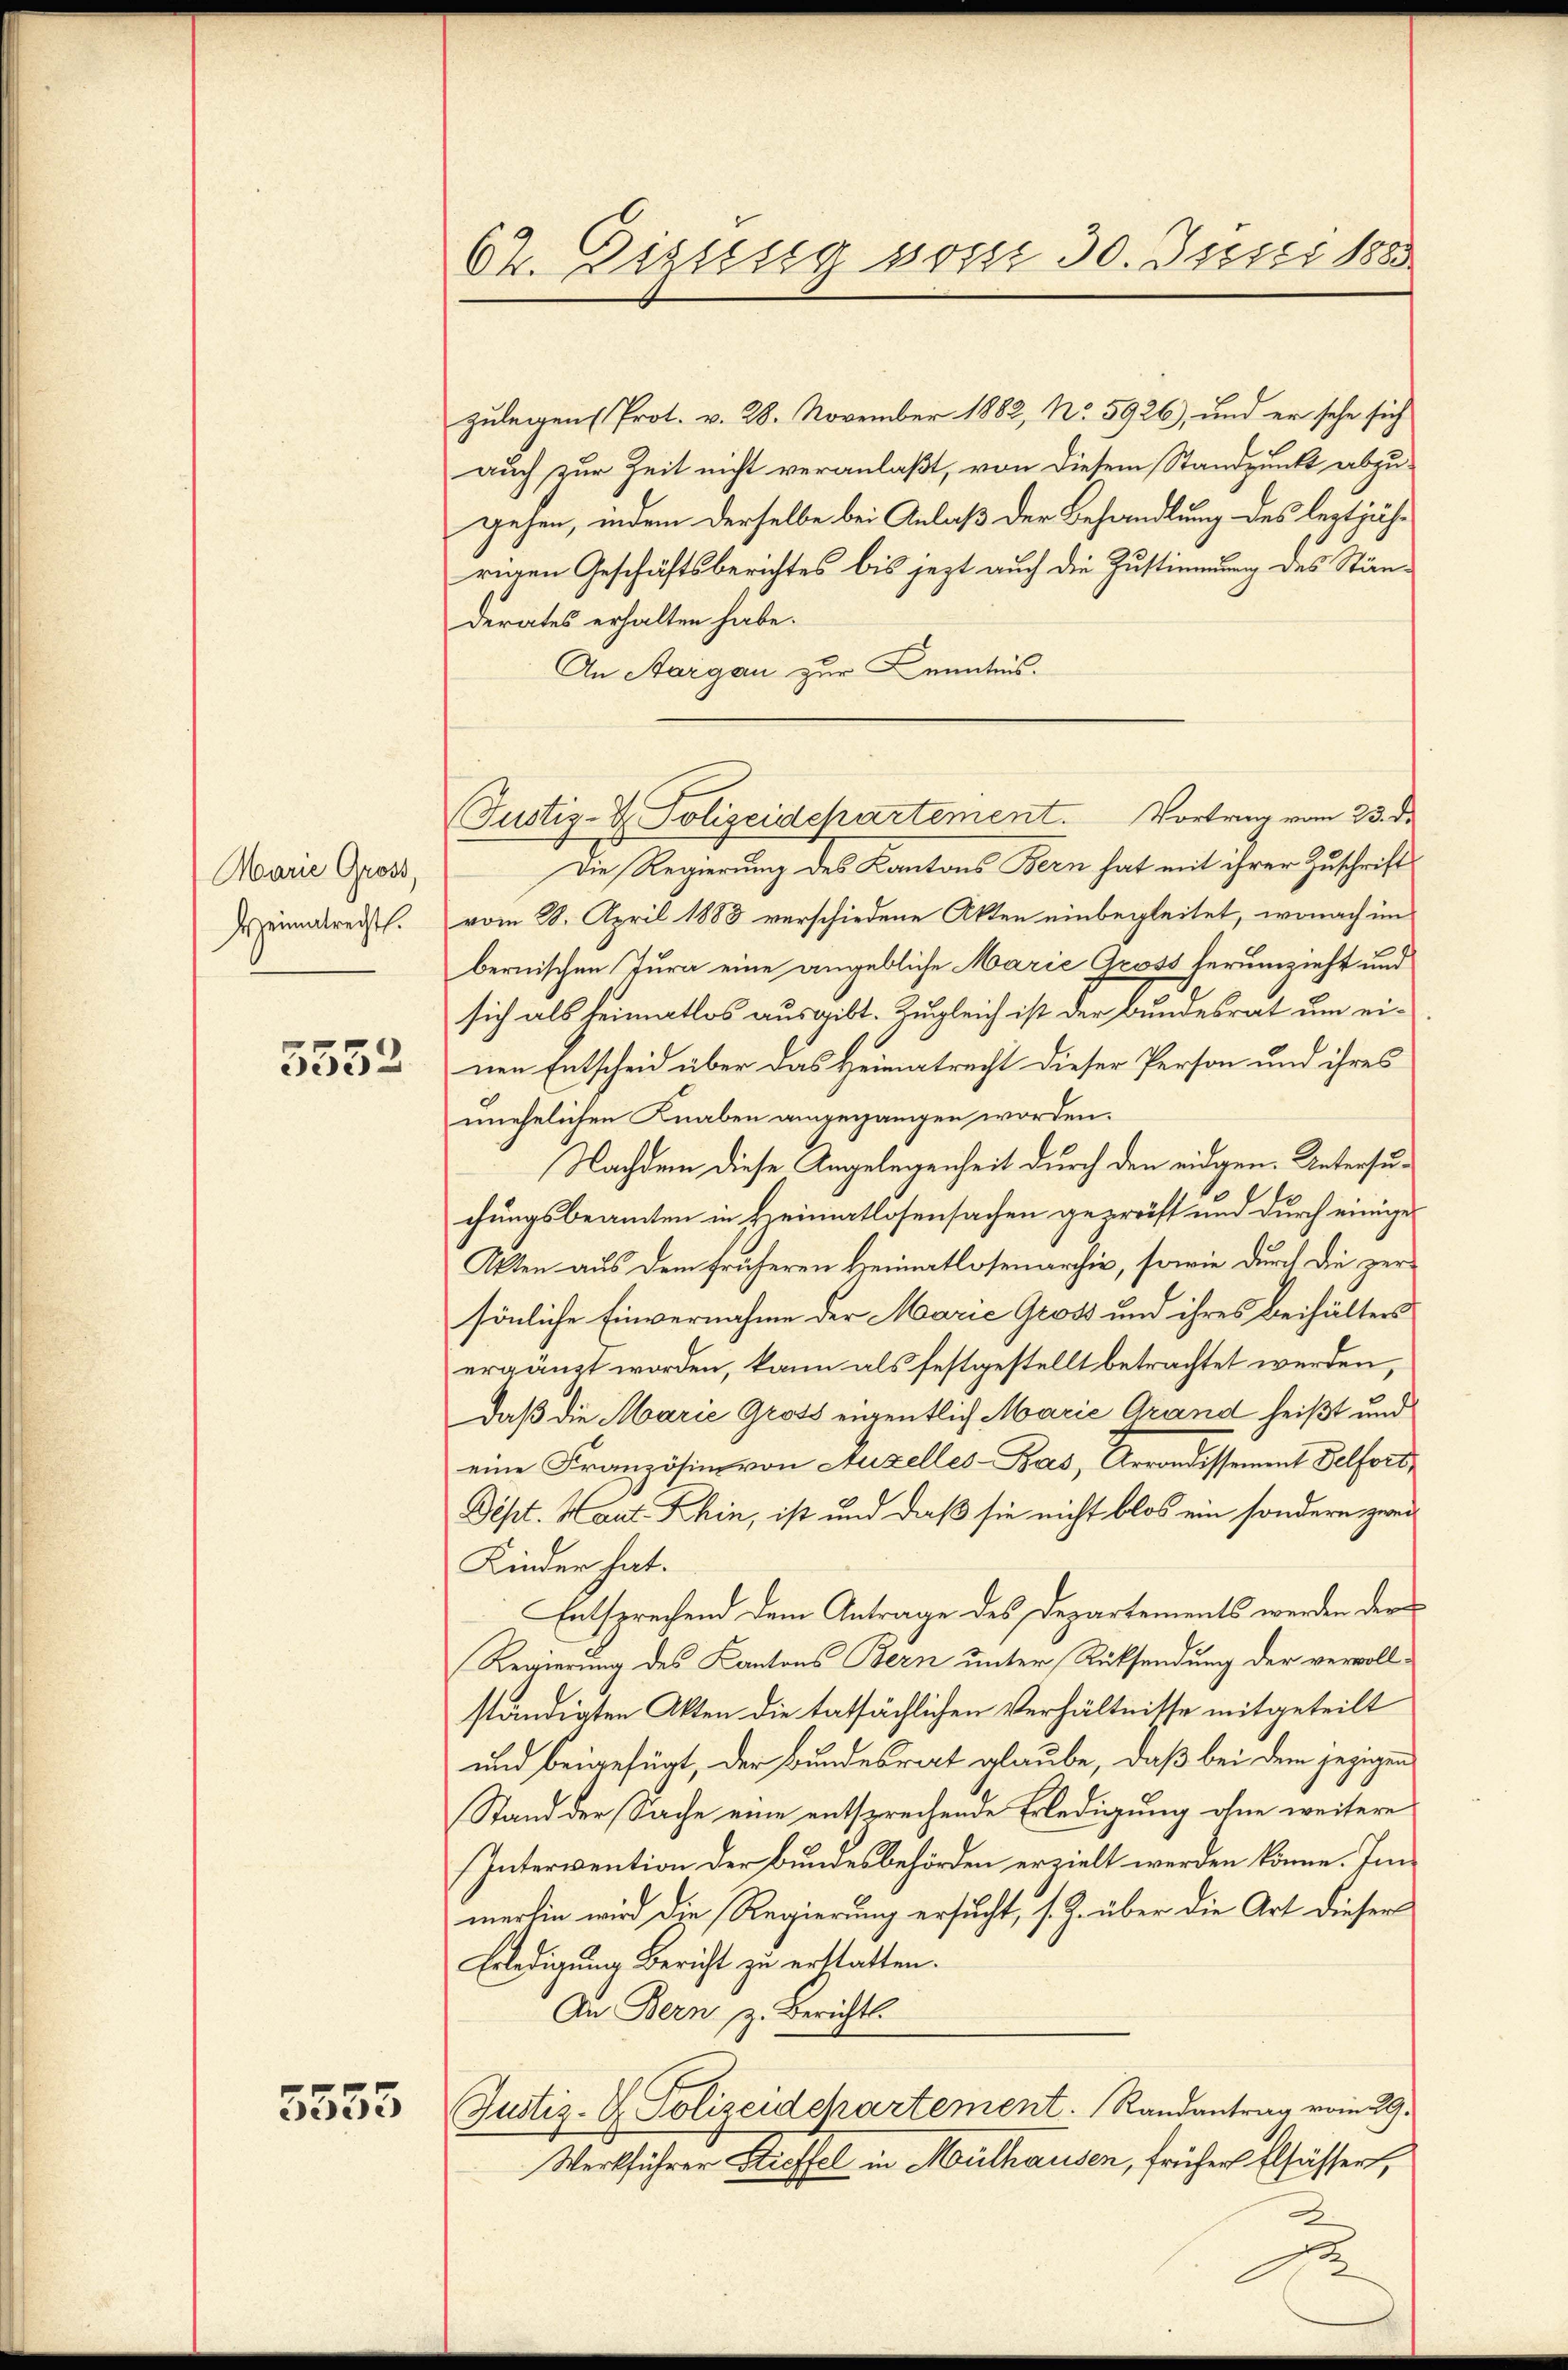
Marie Gross,
Heimatrecht.

5533

5555

62. Zissig posse 30. Ister 1883

Justiz- & Polizeidepartement. Vortrag vom 23. de

zulegen (Prot. v. 28. November 1882, No 5926), und er sehe sich
auch zur Zeit nicht veranlaßt, von diesem Standpunkt abzugehen, indem derselbe bei Anlaß der Behandlung des leztjährigen Geschäftsberichtes bis jezt auch die Zustimmung des Ständerates erhalten habe.
An Sargau zur Kenntnis.
Die Regierung des Kantons Bern hat mit ihrer Zuschrift
vom 28. April 1883 verschiedene Akten einbegleitet, wonach im
bernischen Tura eine angebliche Marie Gross herumzieht und
sich als Heimatlos ausgibt. Zugleich ist der Bundesrat um einen Entscheid über das Heimatrecht dieser Person und ihres
unehelichen Knaben angegangen worden.
Nachdem diese Angelegenheit durch den eidgen. Untersuchungsbeamten in Heimatlosensachen geprüft und durch einige
Akten aus dem früheren Kreimatlosenarchiv, sowie durch die zersönliche Einvernahme der Marie Gross und ihres Beihälters
ergänzt worden, kann als festgestellt betrachtet werden,
daß die Marie Gross eigentlich Marie Grand heißt und
eine Französin von Auzelles-Bas, Arrondissement Pelfort¬
Dept. Haut Khin, ist und daß sie nicht blos ein sondern zwei
Kinder hat.
Entsprechend dem Antrage des Departements werden der
Regierung des Kantons Bern unter Rücksendung der vervollständigten Akten die tatsächlichen Verhältnisse mitgeteilt
und beigefügt, der Bundesrat glaube, daß bei dem jezigen
Stand der Sache eine entsprechende Erledigung ohne weitere
Intervention der Bundesbehörden erzielt werden könne. Im
merlin wird die Regierung ersucht, s. Z. über die Art dieser
Erledigung Bericht zu erstatten.
An Bern z. Berichts
Justiz- & Polizeidchartement. Randantrag vom 29.
Werkführer Stroffel in Mouthausen, früher Elsässert,
2

.

2